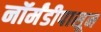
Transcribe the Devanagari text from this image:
नॉर्मंडीपासून